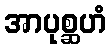
အာပုစ္ဆဟံ